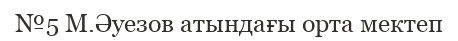
№5 М.Әуезов атындағы орта мектеп